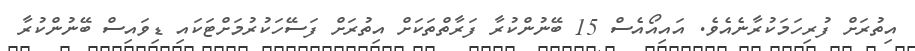
އިތުރަށް ފުރިހަމަކުރާނެއެވެ. އައިއޯއެސް 15 ބޭނުންކުރާ ފަރާތްތަކަށް އިތުރަށް ފަސޭހަކުރުމަށްޓަކައި ޑިވައިސް ބޭނުންކުރާ